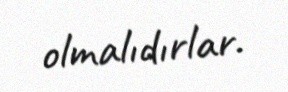
olmalıdırlar.